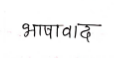
मजकूर: भाषावाद